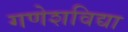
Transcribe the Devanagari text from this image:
गणेशविद्या